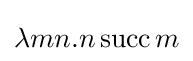
\lambda mn.n\operatorname {succ} m